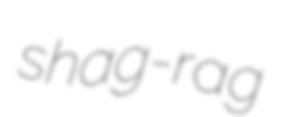
shag-rag